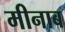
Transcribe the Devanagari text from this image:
मीनाब